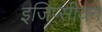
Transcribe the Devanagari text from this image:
इजिप्सीयन